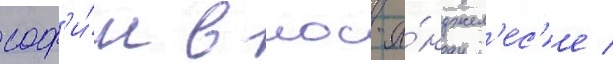
соф'и́и в лос-а́нджел'ес'е /